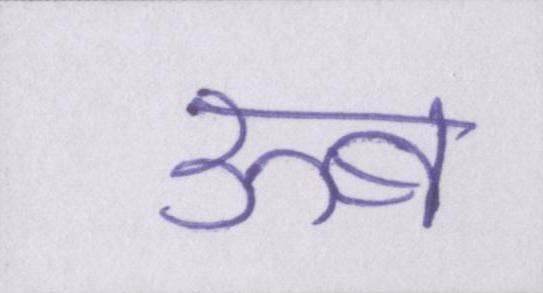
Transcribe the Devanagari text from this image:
ऊब